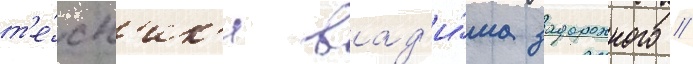
т'е́хн'ик'и вад'и́ма задорожного //